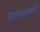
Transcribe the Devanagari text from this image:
मल्लखांबाचे